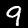
Digit: 9